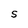
Character: S